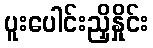
ပူးပေါင်းညှိနှိုင်း